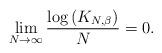
LaTeX: \begin{align*} \lim_{N \to \infty} \frac{\log \left( K_{N, \beta} \right)}{N} = 0.\end{align*}